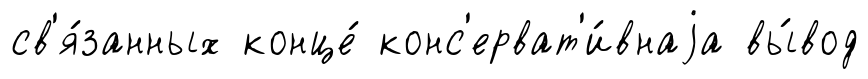
св'я́занных конце́ конс'ерват'и́внаjа вы́вод